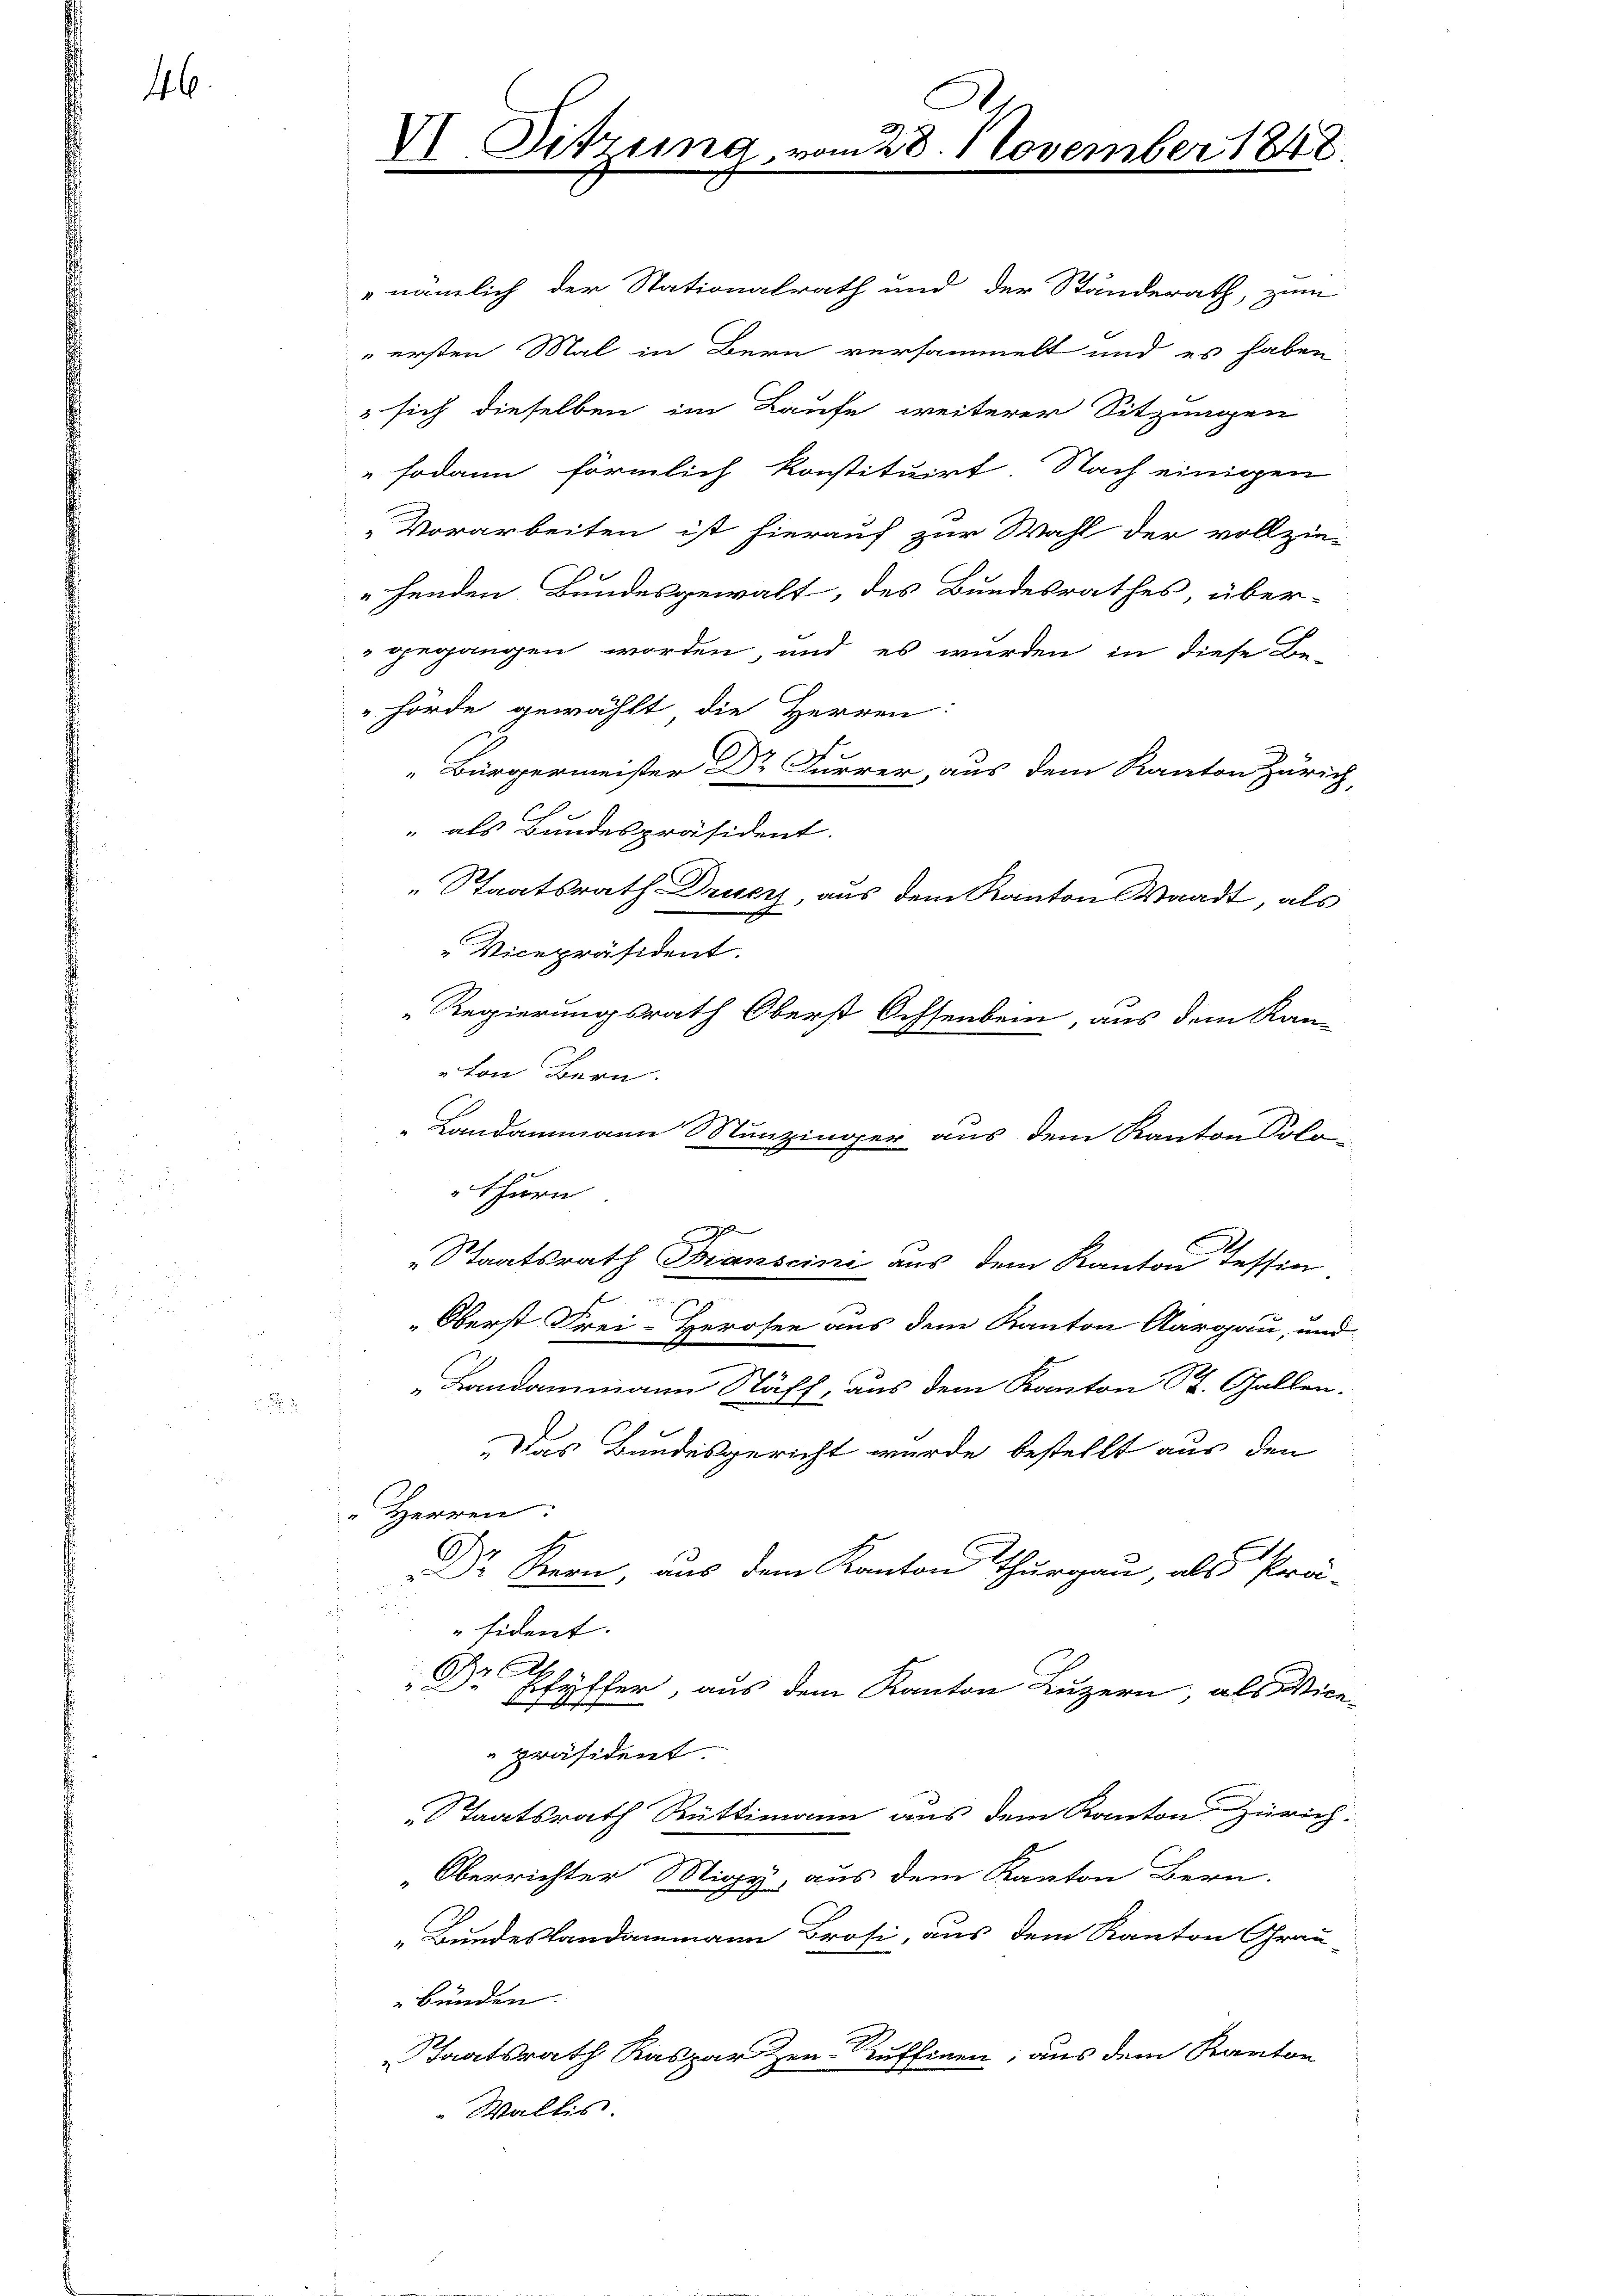
46.

VI. Sitzung, vom 28. November 1848

sich dieselben im Laufe weiterer Sitzungen
 sodann förmlich konstituirt Nach einigen
Vorarbeiten ist hierauf zur Wahl der vollzie-
henden Bundesgewalt, des Bundesrathes, über-
gegangen worden, und es wurden in diese Be-
hörde gewählt die Herren:
e
" Bürgermeister Dr Furrer, aus dem Kanton Zürich,
" als Bundespräsident.
" Staatsrath Drucz, aus dem Kanton Waadt, als
" Vicepräsident.
Regierungsrath Oberst Ochsenbein, aus dem Kam
von Bern.
Landammann Munzinger aus dem Kanton Solo-
"thurn
d
Staatsrath Transcini aus dem Kanton Tessin
d
Oberst Frei-Herosen aus dem Kanton Aargau, und
.
Landammann Stäff, aus dem Kanton St. Gallen.
Das Bundesgericht wurde bestellt aus den
"Herren
.
 Kern, aus dem Kanton Thurgau, als Prä-
"fident.
Br
d
Efutter, aus dem Kanton Luzern, als Vice-
 s s sich |
präsident.
Staatsrath Rüttimann aus dem Kanton Zürich.
Oberrichter Migy, aus dem Kanton Bern.
„Bundeslandammann Brosi, aus dem Kanton Grau-
bünden.
Staatsrath Kaspar Zen-Ruffinen, aus dem Kanton
" Wallis.

"nämlich der Stationalrath und der Ständerath, zum
" ersten Mal in Bern versammelt und es haben